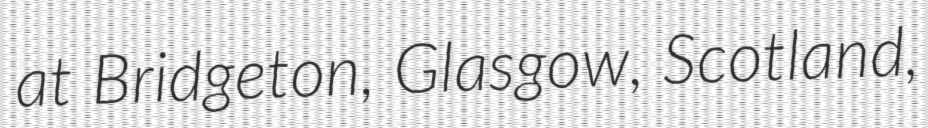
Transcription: at Bridgeton, Glasgow, Scotland,